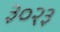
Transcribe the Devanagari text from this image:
३०२३